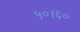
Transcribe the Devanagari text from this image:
५०।६०